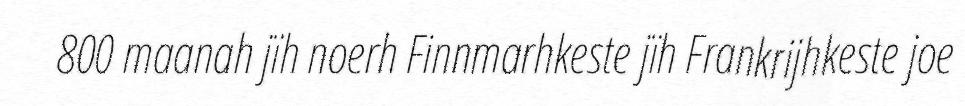
800 maanah jïh noerh Finnmarhkeste jïh Frankrijhkeste joe